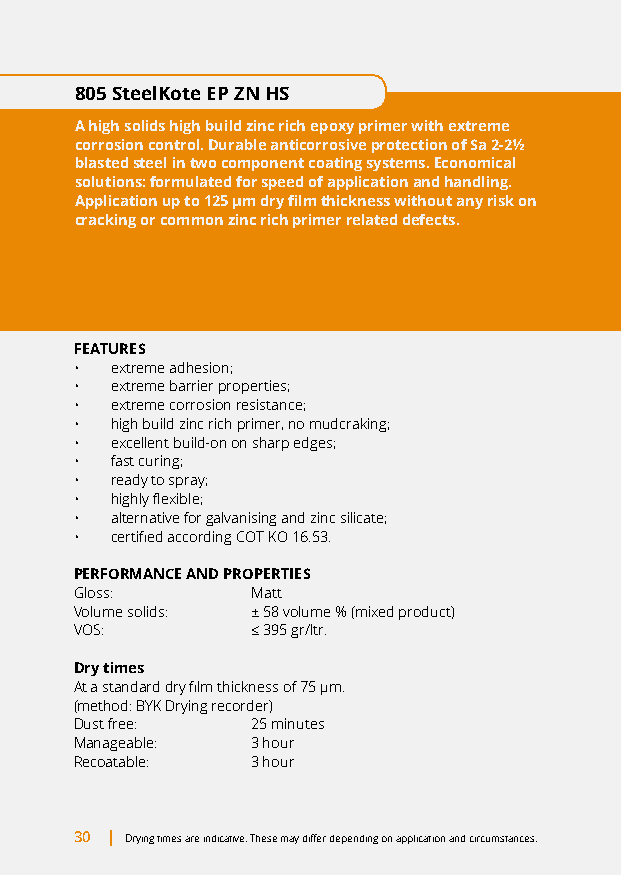
805 SteelKote EP ZN HS
 A high solids high build zinc rich epoxy primer with extreme
 corrosion control. Durable anticorrosive protection of Sa 2-2½
 blasted steel in two component coating systems. Economical
 solutions: formulated for speed of application and handling.
 Application up to 125 μm dry film thickness without any risk on
 cracking or common zinc rich primer related defects.
 FEATURES
 • extreme adhesion;
 • extreme barrier properties;
 • extreme corrosion resistance;
 • high build zinc rich primer, no mudcraking;
 • excellent build-on on sharp edges;
 • fast curing;
 • ready to spray;
 • highly flexible;
 • alternative for galvanising and zinc silicate;
 • certified according COT KO 16.53.
 PERFORMANCE AND PROPERTIES
 Gloss:      Matt
 Volume solids: ± 58 volume % (mixed product)
 VOS:        ≤ 395 gr/ltr.
 Dry times
 At a standard dry film thickness of 75 μm.
 (method: BYK Drying recorder)
 Dust free:  25 minutes
 Manageable: 3 hour
 Recoatable: 3 hour
 30 | Drying times are indicative. These may differ depending on application and circumstances.